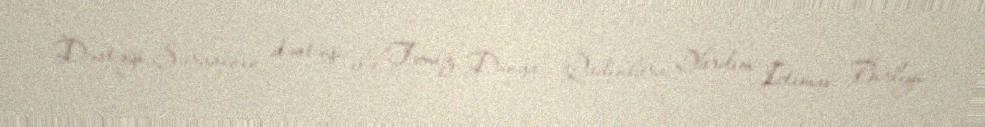
Dəstəyi Şurasının dəstəyi ilə “Təmiz Dünya” Qadınlara Yardım İctimai Birliyi